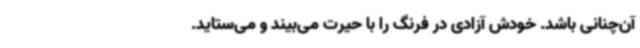
آن‌چنانی باشد. خودش آزادی در فرنگ را با حیرت می‌بیند و می‌ستاید.